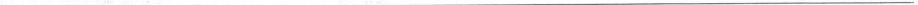
___